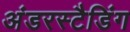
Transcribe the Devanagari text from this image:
अंडरस्टैडिंग